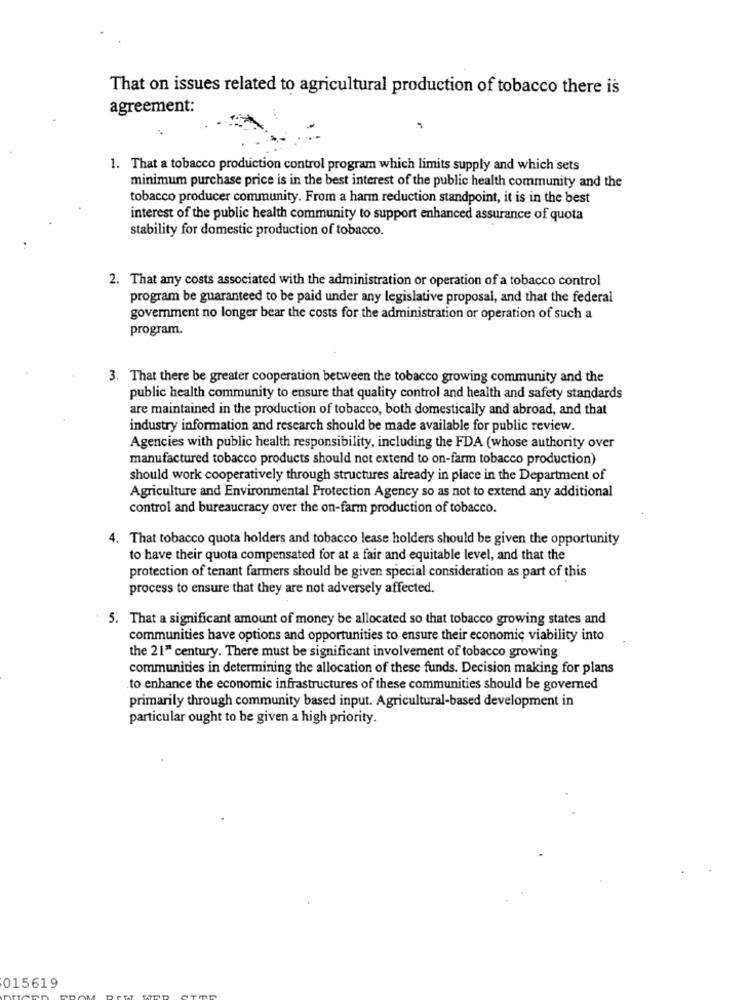
That on issues related to agricultural production of tobacco there is
agreement:
1. That a tobacco production control program which limits supply and which sets
minimum purchase price is in the best interest of the public health community and the
tobacco producer community. From a harm reduction standpoint, it is in the best
interest of the public health community to support enhanced assurance of quota
stability for domestic production of tobacco.
2. That any costs associated with the administration or operation of a tobacco control
program be guaranteed to be paid under any legislative proposal, and that the federal
government no longer bear the costs for the administration or operation of such a
program.
3. That there be greater cooperation between the tobacco growing community and the
public health community to ensure that quality control and health and safety standards
are maintained in the production of tobacco, both domestically and abroad, and that
industry information and research should be made available for public review.
Agencies with public health responsibility, including the FDA (whose authority over
manufactured tobacco products should not extend to on-farm tobacco production)
should work cooperatively through structures already in place in the Department of
Agriculture and Environmental Protection Agency so as not to extend any additional
control and bureaucracy over the on-farm production of tobacco.
4. That tobacco quota holders and tobacco lease holders should be given the opportunity
to have their quota compensated for at a fair and equitable level, and that the
protection of tenant farmers should be given special consideration as part of this
process to ensure that they are not adversely affected.
5. That a significant amount of money be allocated so that tobacco growing states and
communities have options and opportunities to ensure their economic viability into
the 21" century. There must be significant involvement of tobacco growing
communities in determining the allocation of these funds. Decision making for plans
to enhance the economic infrastructures of these communities should be governed
primarily through community based input. Agricultural-based development in
particular ought to be given a high priority.
015619